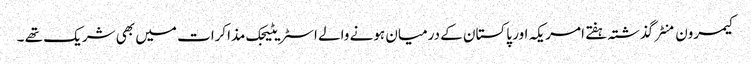
کیمرون منٹر گذشتہ ہفتے امریکہ اور پاکستان کے درمیان ہونے والے اسٹریٹیجک مذاکرات میں بھی شریک تھے ۔